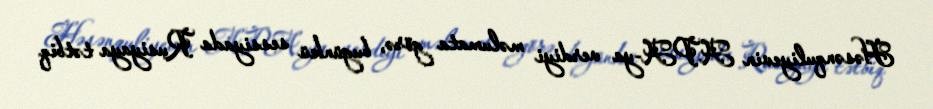
Həsənquliyevin APA-ya verdiyi məlumata görə, bugünkü sessiyada Rusiyaya tətbiq